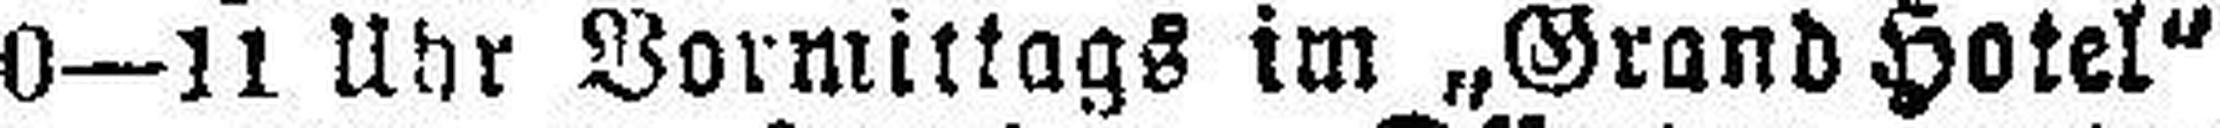
10—11 Uhr Vormittags im „Grand Hotel“